Burma Government Medical School reports 1907-22
Year: 1907
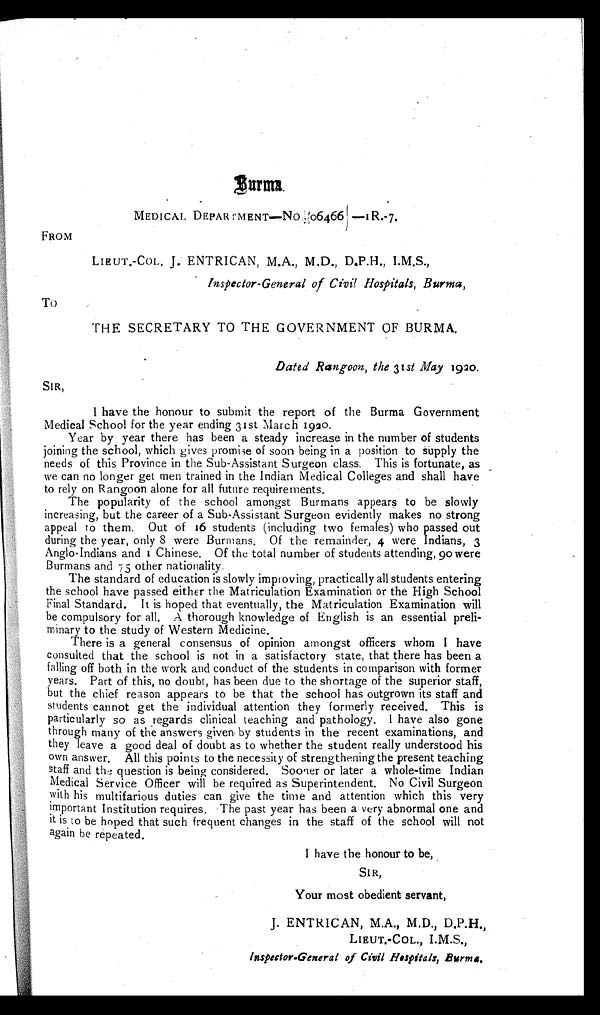
Burma.
M E D I C A L D E P A R T M E N T — N o . 0 6 4 6 6 — 1 R . - 7 .F
R O M
LIEUT.-COL. J. ENTRICAN, M.A., M.D., D.P.H., I.M.S.,
Inspector-General of Civil Hospitals, Burma,
To
THE SECRETARY TO THE GOVERNMENT OF BURMA.
Dated Rangoon, the 31st May 1920 .
SIR ,
I have the honour to submit the report of the Burma Government
Medical School for the year ending 31st March 1920.
Year by year there has been a steady increase in the number of students
joining the school, which gives promise of soon being in a position to supply the
needs of this Province in the Sub-Assistant Surgeon class. This is fortunate, as
we can no longer get men trained in the Indian Medical Colleges and shall have
to rely on Rangoon alone for all future requirements.
The popularity of the school amongst Burmans appears to be slowly
increasing, but the career of a Sub-Assistant Surgeon evidently makes no strong
a p p e a l t o t h e m. Ou t o f 1 6 s t u d e n t s ( i n c l u d i n g t wo f e ma l e s ) wh o p a s s e d o u t
during the year, only 8 were Burmans. Of the remainder, 4 were Indians, 3
Anglo-Indians and 1 Chinese. Of the total number of students attending, 90 were
Burmans and 75 other nationality.
The standard of education is slowly improving, practically all students entering
the school have passed either the Matriculation Examination or the High School
Final Standard. It is hoped that eventually, the Matriculation Examination will
be compulsory for all. A thorough knowledge of English is an essential preli
- m i n a r y t o t h e s t u d y o f W e s t e r n M e d i c i n e .
There is a general consensus of opinion amongst officers whom I have
consulted that the school is not in a satisfactory state, that there has been a
falling off both in the work and conduct of the students in comparison with former
years. Part of this, no doubt, has been due to the shortage of the superior staff,
but the chief reason appears to be that the school has outgrown its staff and
students cannot get the individual attention they formerly received. This is
particularly so as regards clinical teaching and pathology. I have also gone
through many of the answers given by students in the recent examinations, and
they leave a good deal of doubt as to whether the student really understood his
own answer. All this points to the necessity of strengthening the present teaching
staff and the question is being considered. Sooner or later a whole-time Indian
Medical Service Officer will be required as Superintendent. No Civil Surgeon
with his multifarious duties can give the time and attention which this very
i m p o r t a n t I n s t i t u t i o n r e q u i r e s . T h e p a s t y e a r h a s b e e n a v e r y a b n o r m a l o n e a n d
it is to be hoped that such frequent changes in the staff of the school will not
again be repeated.
I have the honour to be,
SIR,
Your most obedient servant,
J. ENTRICAN, M.A., M.D., D.P.H.,
LIEUT.-COL., I.M.S.,
I n s p e c t o r - G e n e r a l o f C i v i l H o s p i t a l s , B u r m a .